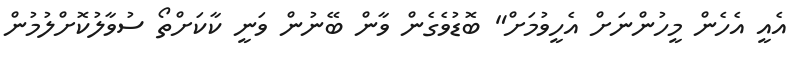
އެއީ އެހެން މީހުންނަށް އެހީވުމަށް" ބޮޑުވެގެން ވާން ބޭނުން ވަނީ ކާކަށްތޯ ސުވާލުކޮށްލުމުން